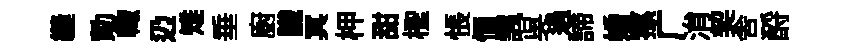
縫勣輙辸雉垂廚䜟冥柙甜檉悵愐諷呉過諦婚蓀广㳙契舎酹